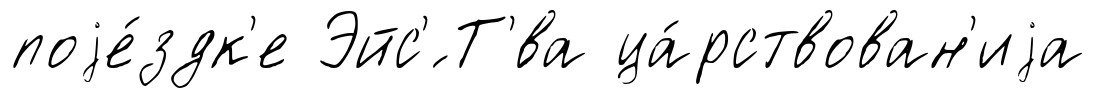
поjе́здк'е Эйс'́ Т'́ва ца́рствован'иjа